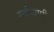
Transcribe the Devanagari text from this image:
सर्वव्‍यापी